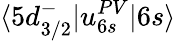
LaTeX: \langle 5d_{3/2}^{-}|u_{6s}^{PV}|6s\rangle